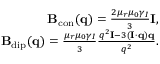
\begin{array} { r } { \mathbf { B } _ { \mathrm { c o n } } ( \mathbf { q } ) = \frac { 2 \mu _ { r } \mu _ { 0 } \gamma _ { I } } { 3 } \mathbf { I } , } \\ { \mathbf { B } _ { \mathrm { d i p } } ( \mathbf { q } ) = \frac { \mu _ { r } \mu _ { 0 } \gamma _ { I } } { 3 } \frac { q ^ { 2 } \mathbf { I } - 3 ( \mathbf { I } \cdot \mathbf { q } ) \mathbf { q } } { q ^ { 2 } } . } \end{array}